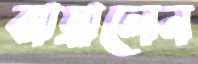
ঝাম্‌রালেন